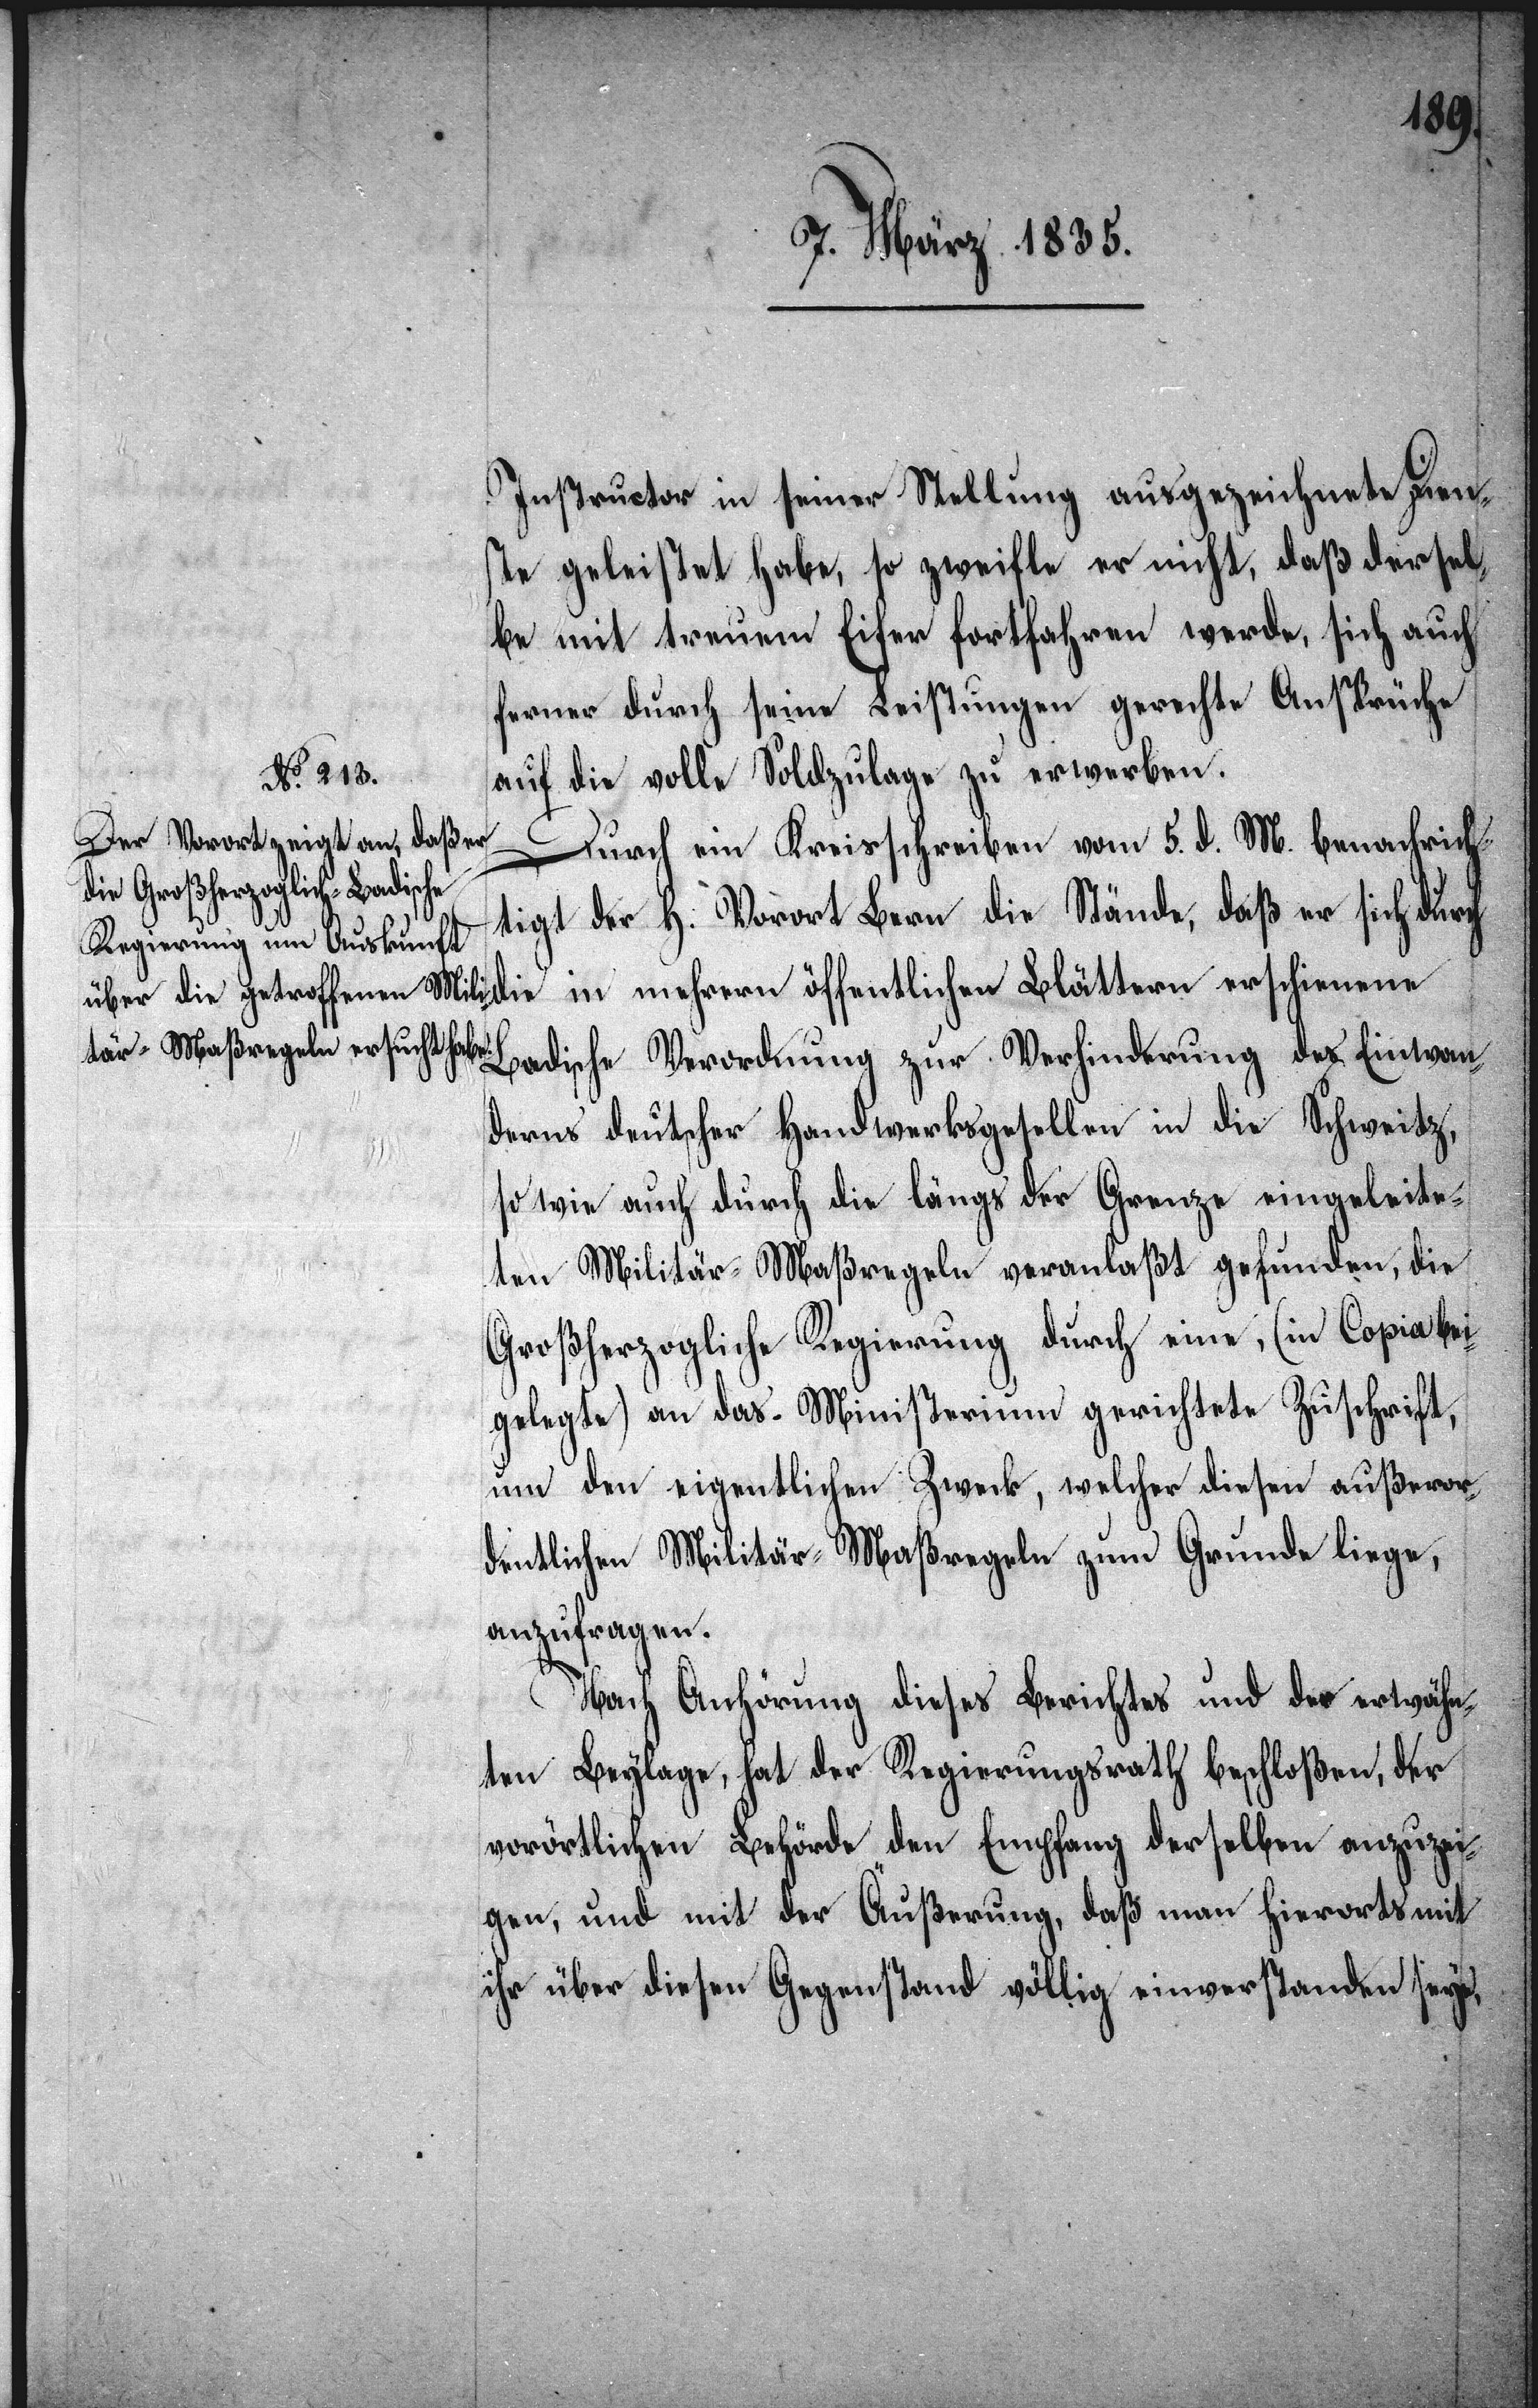
Instructor in seiner Stellung ausgezeichnete Dien¬
ste geleistet habe, so zweifle er nicht, daß dersel¬
be mit treuem Eifer fortfahren werde, sich auch
ferner durch seine Leistungen gerechte Ansprüche
auf die volle Soldzulage zu erwerben.
Durch ein Kreisschreiben vom 5. d. M. benachrich¬
zur Verhinderung des Einwan¬
tigt der H. Vorort Bern die Stände, daß er sich durch
die in mehrern öffentlichen Blättern erschienene
derns deutscher Handwerksgesellen in die Schweitz,
so wie auch durch die längs der Grenze eingeleite¬
ten Militär-Maßregeln veranlaßt gefunden, die
Großherzogliche Regierung durch eine, (in Copia bei¬
gelegte) an das Ministerium gerichtete Zuschrift
um den eigentlichen Zweck, welcher diesen außeror¬
dentlichen Militär-Maßregeln zum Grunde liege,
anzufragen.
Nach Anhörung dieses Berichtes und der erwähn¬
ten Beylage, hat der Regierungsrath beschloßen, der
vorörtlichen Behörde den Empfang derselben anzuzei¬
gen, und mit der Äußerung, daß man hierorts mit
ihr über diesen Gegenstand völlig einverstanden seye,